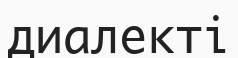
диалекті